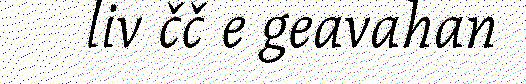
liv čč e geavahan